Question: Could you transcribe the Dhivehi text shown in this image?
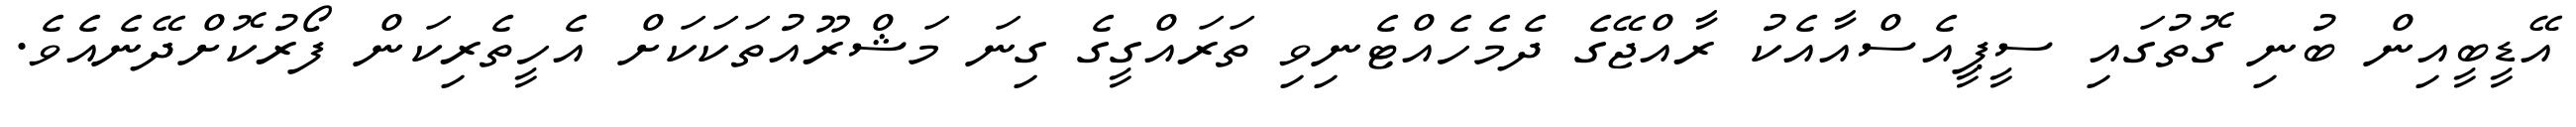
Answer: އޭޑީބީއިން ބުނި ގޮތުގައި ސީޕީއެސްއާއެކު ރާއްޖޭގެ ދެމެހެއްޓެނިވި ތަރައްގީގެ ގިނަ މަޝްރޫއުތަކަކަށް އެހީތެރިކަން ފޯރުކޮށްދޭނެއެވެ.